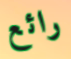
رائع